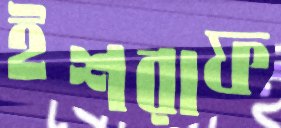
ইশরাফ